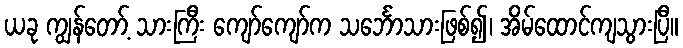
ယခု ကျွန်တော့် သားကြီး ကျော်ကျော်က သင်္ဘောသားဖြစ်၍၊ အိမ်ထောင်ကျသွားပြီ။